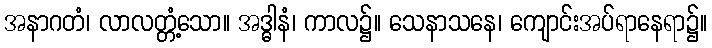
အနာဂတံ၊ လာလတ္တံ့သော။ အဒ္ဓါနံ၊ ကာလ၌။ သေနာသနေ၊ ကျောင်းအပ်ရာနေရာ၌။